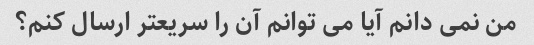
من نمی دانم آیا می توانم آن را سریعتر ارسال کنم؟